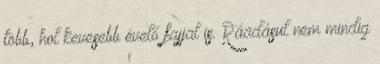
több, hol kevesebb évelő fajjal is. Ráadásul nem mindig